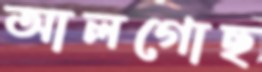
আলগোছ